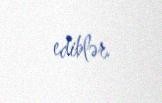
ediblər.